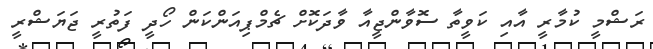
ރަޝްމީ ކުމާރީ އާއި ކަވީތާ ސޮވާންޖީއާ ވާދަކޮށް ޗެމްޕިއަންކަން ހޯދީ ފަތުރީ ޖަޔަޝްރީ